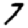
Digit: 7